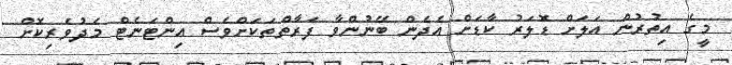
މީގެ އިތުރުން އަލަށް ޑޮލަރު ކާޑަށް އެދެން ބޭނުންވާ ފަރާތްތަކަށްވެސް އިންޓަނެޓް މެދުވެރިކޮށް